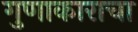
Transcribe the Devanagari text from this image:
गुणाकाराचा